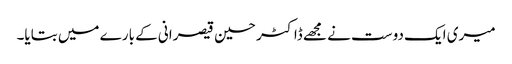
میری ایک دوست نے مجھے ڈاکٹر حسین قیصرانی کے بارے میں بتایا۔